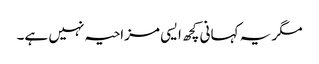
مگر یہ کہانی کچھ ایسی مزاحیہ نہیں ہے۔